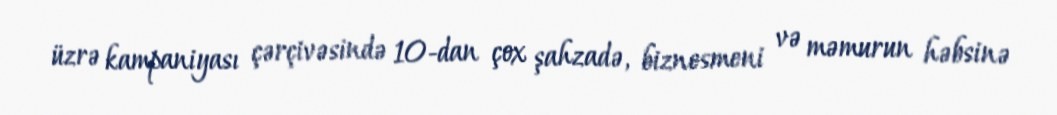
üzrə kampaniyası çərçivəsində 10-dan çox şahzadə, biznesmeni və məmurun həbsinə